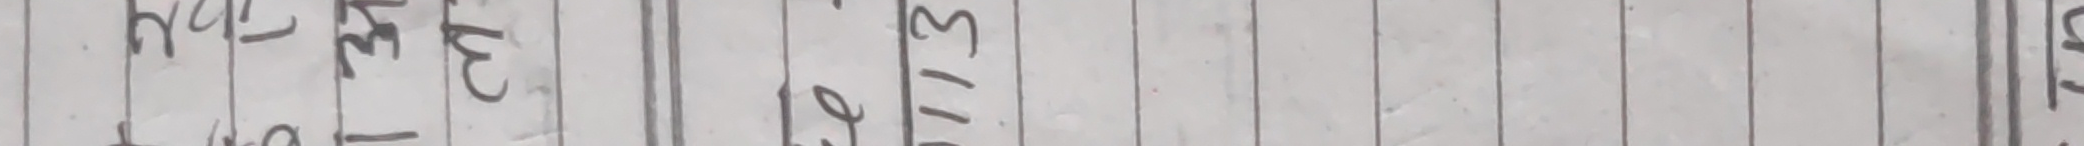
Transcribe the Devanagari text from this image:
१७ / ०३